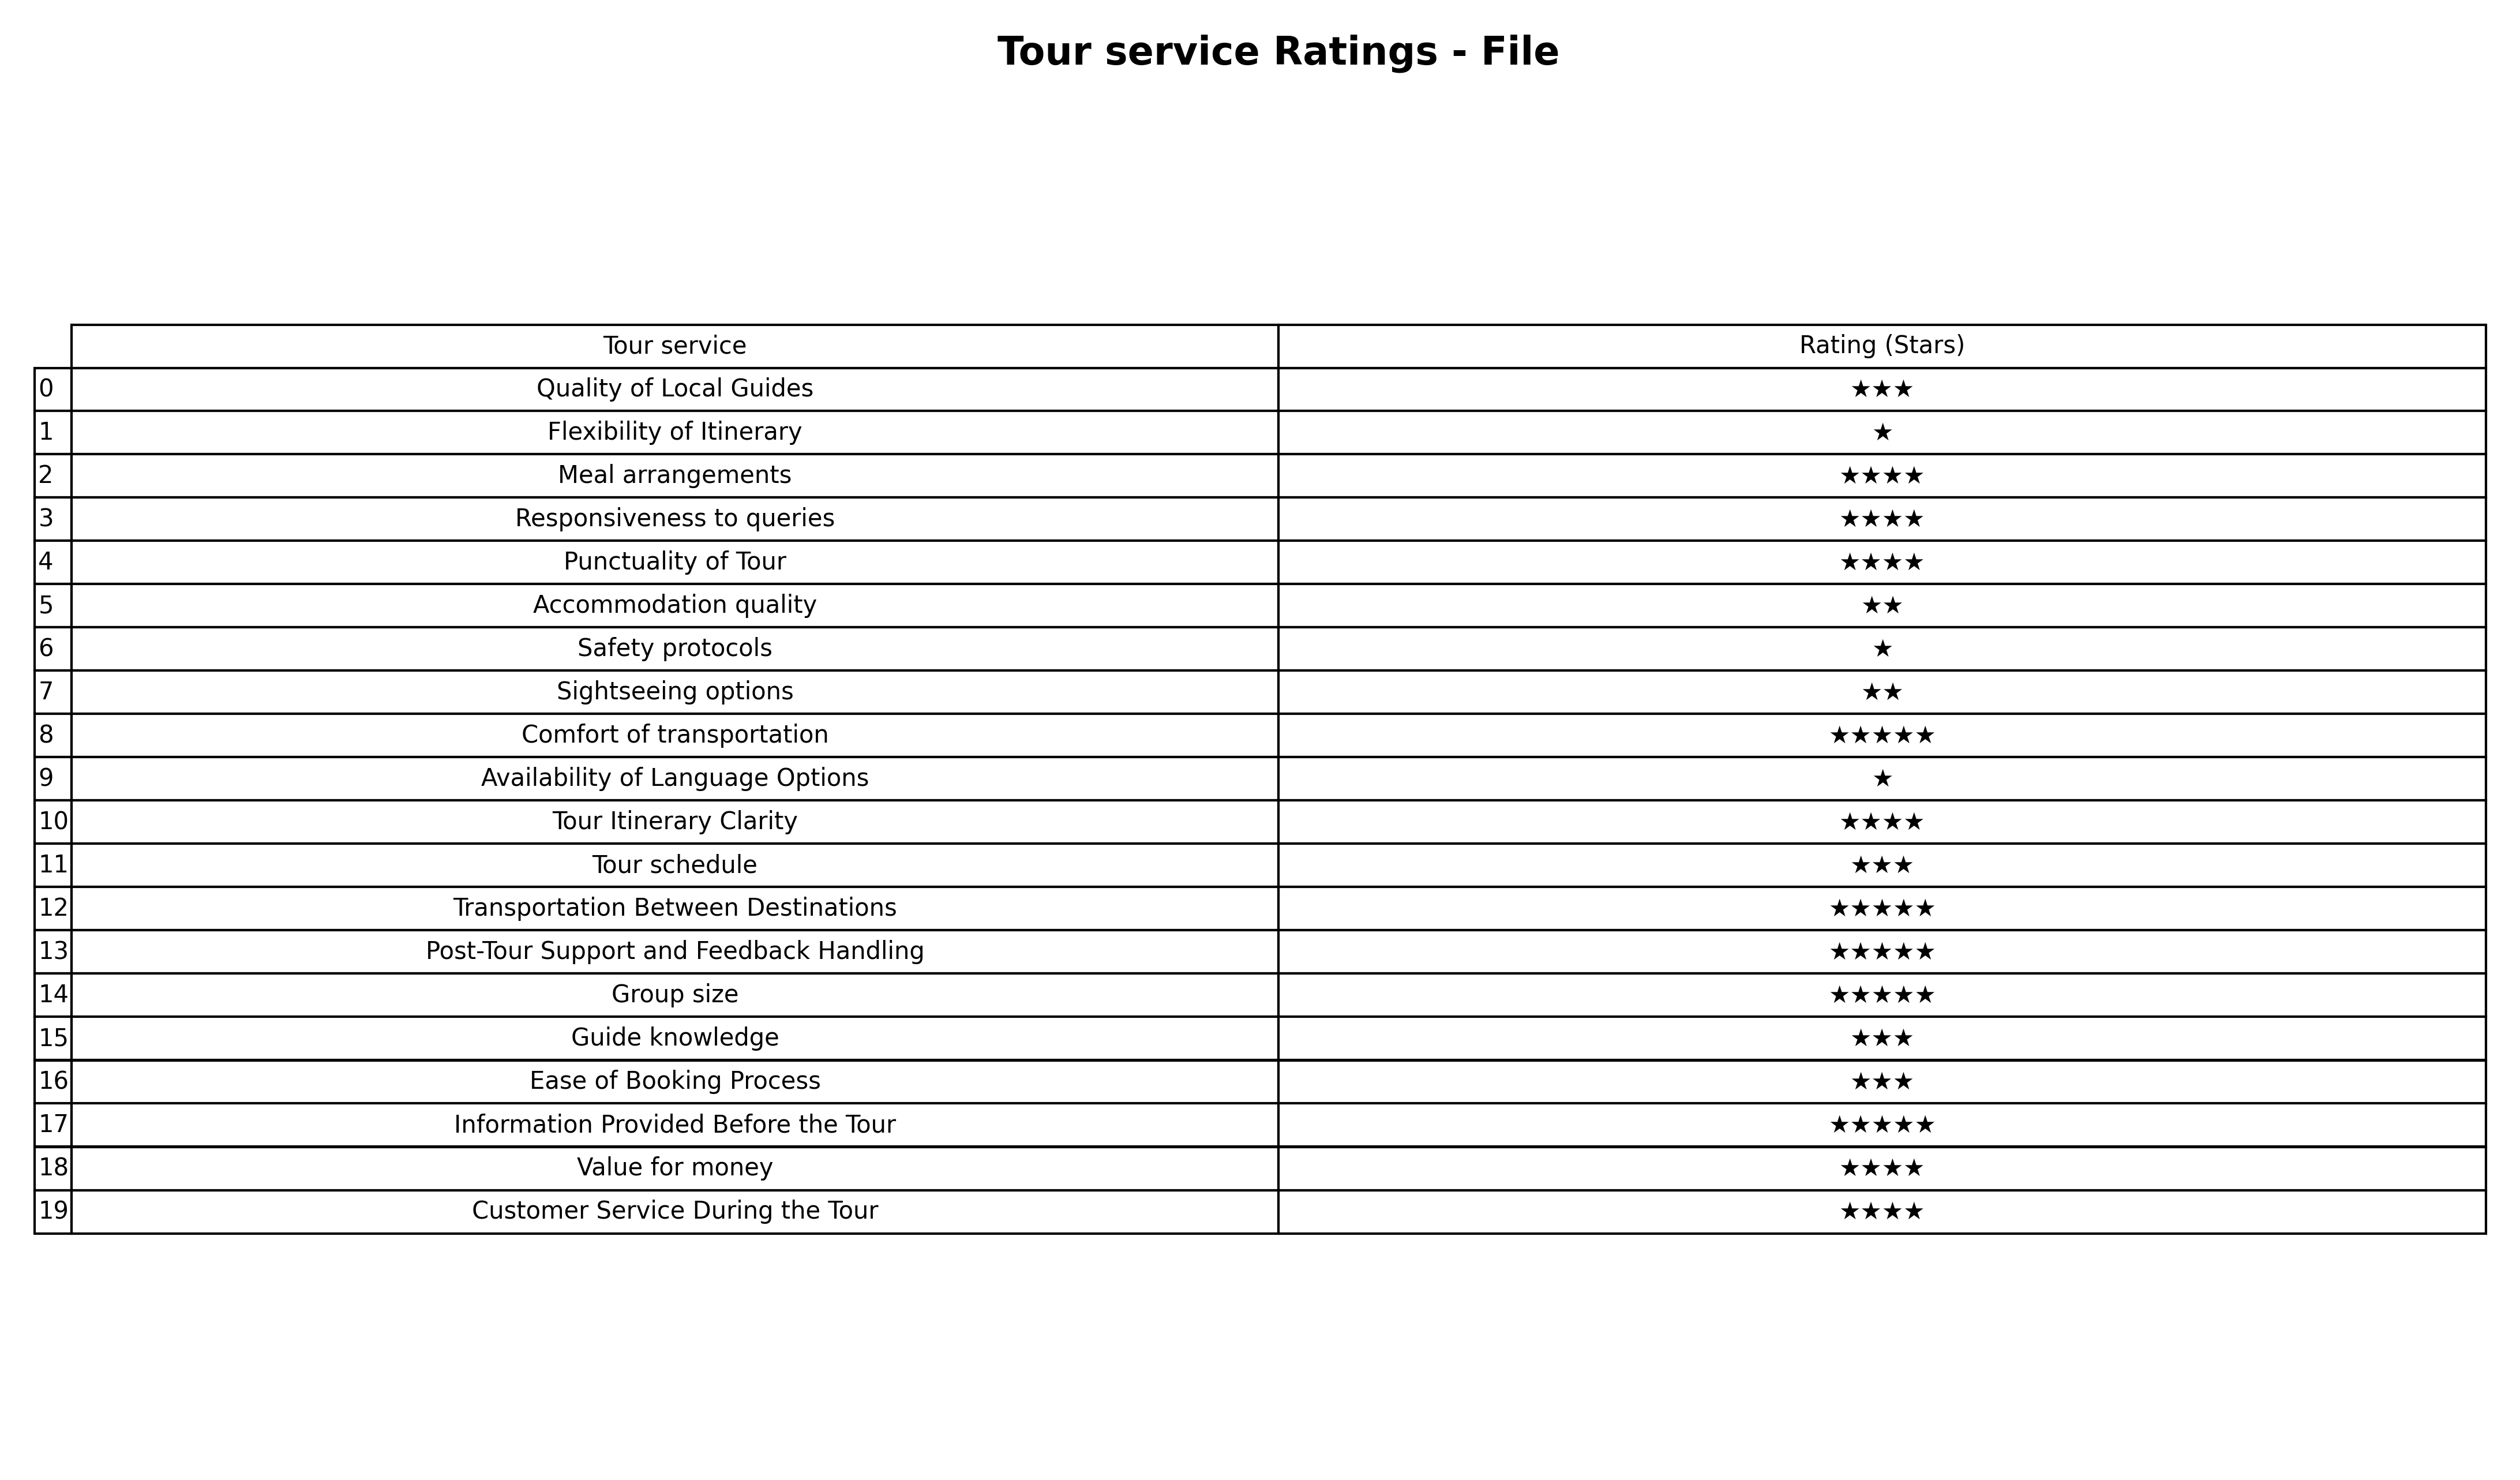
question: What are one star services?
answer: Flexibility of ItinerarySafety protocolsAvailability of Language Options